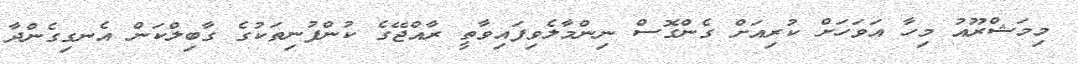
މިމަޝްރޫއު މިހާ އަވަހަށް ކުރިއަށް ގެންގޮސް ނިންމާލެވިފައިވާތީ ރާއްޖޭގެ ކުންފުނިތަކުގެ ގާބިލްކަން އެނގިގެންދާ